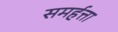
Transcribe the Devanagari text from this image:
समर्हत्ता